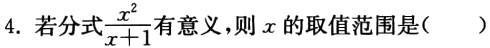
4. 若分式$\frac{x^{2}}{x + 1}$有意义，则$x$的取值范围是( )